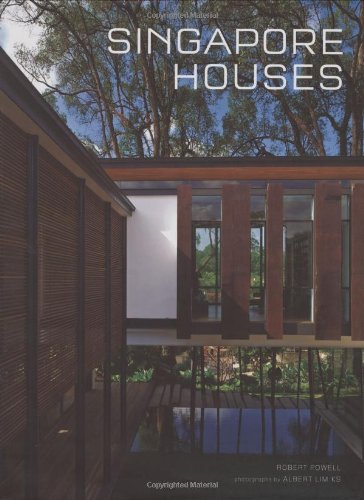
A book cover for Singapore Houses; Robert Powell; Travel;